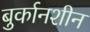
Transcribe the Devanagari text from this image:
बुर्कानशीन